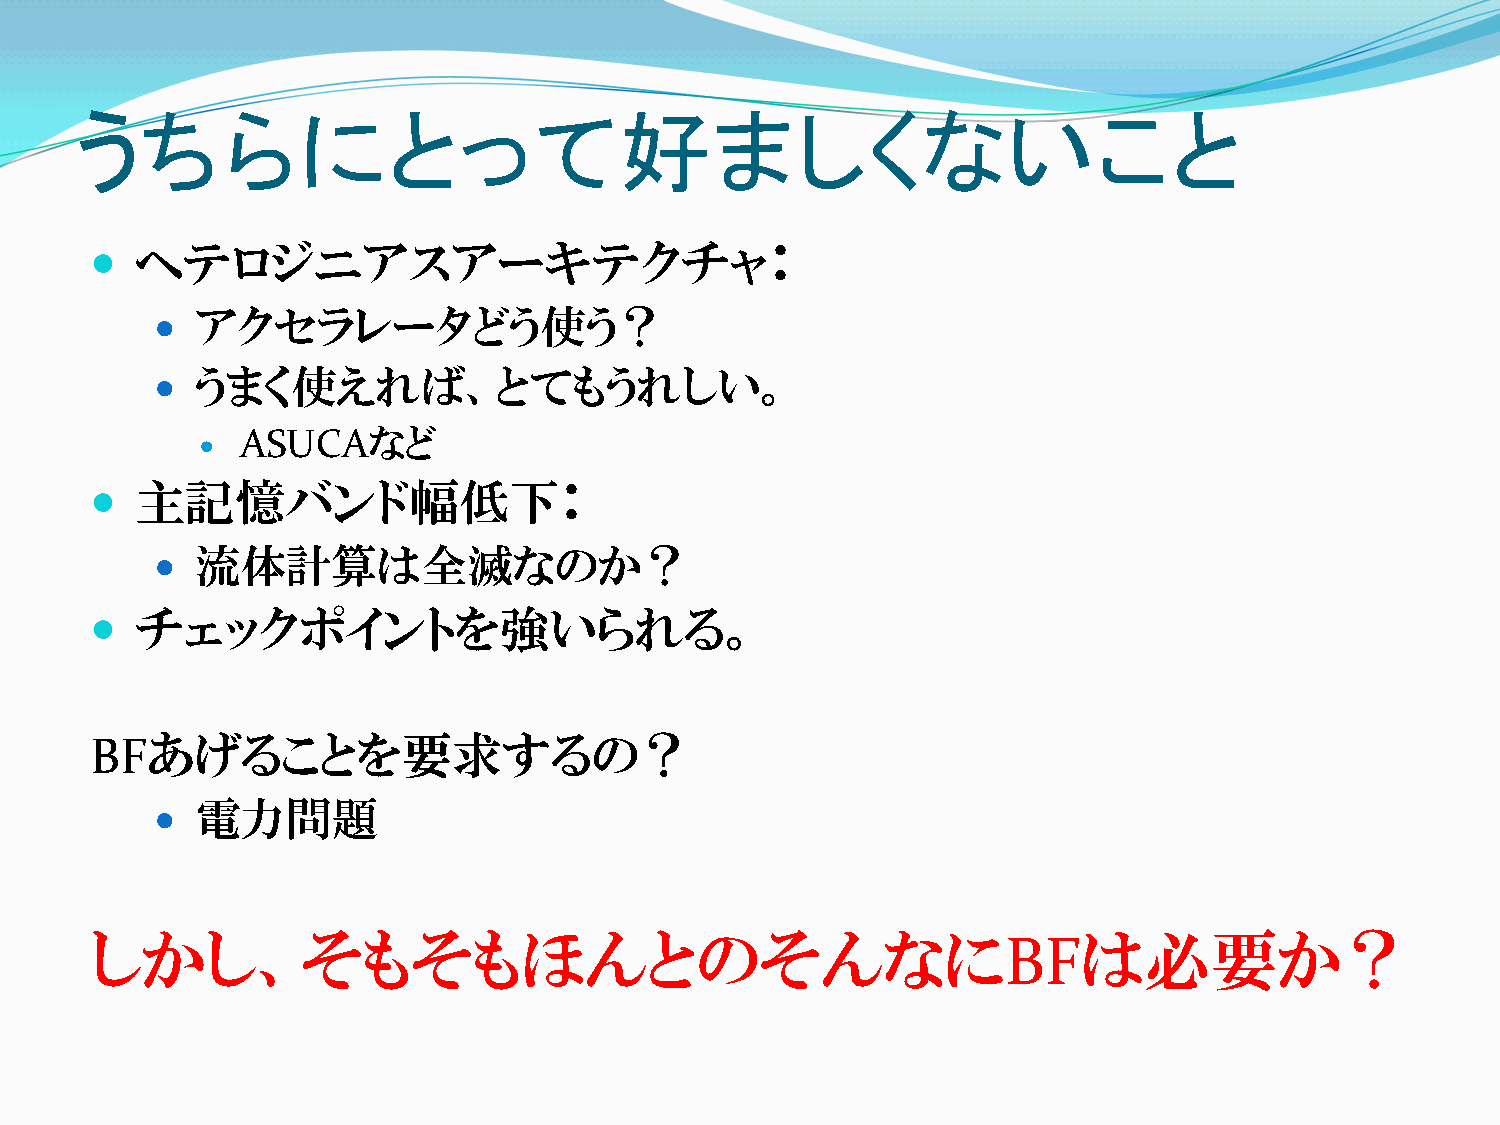
うちらにとって好ましくないこと
   ヘテロジニアスアーキテクチャ：
 
 アクセラレータどう使う？
 
 うまく使えれば、とてもうれしい。
 ASUCAなど
 
   主記憶バンド幅低下：
 
 流体計算は全滅なのか？
   チェックポイントを強いられる。
 BFあげることを要求するの？
 
 電力問題
 しかし、そもそもほんとのそんなに                                                  は必要か？
 BF